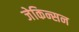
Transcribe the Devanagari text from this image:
जेकिन्सन